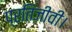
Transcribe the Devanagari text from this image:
प्रतिजीवी।